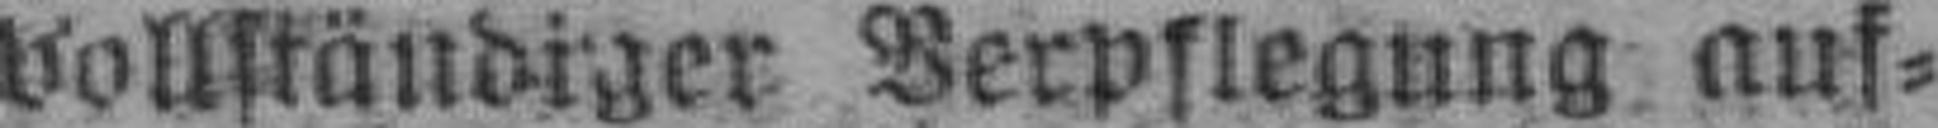
vollständiger Verpflegung auf¬